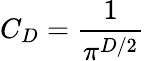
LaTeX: C_{D}=\frac{1}{\pi^{D/2}}